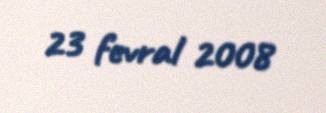
23 fevral 2008